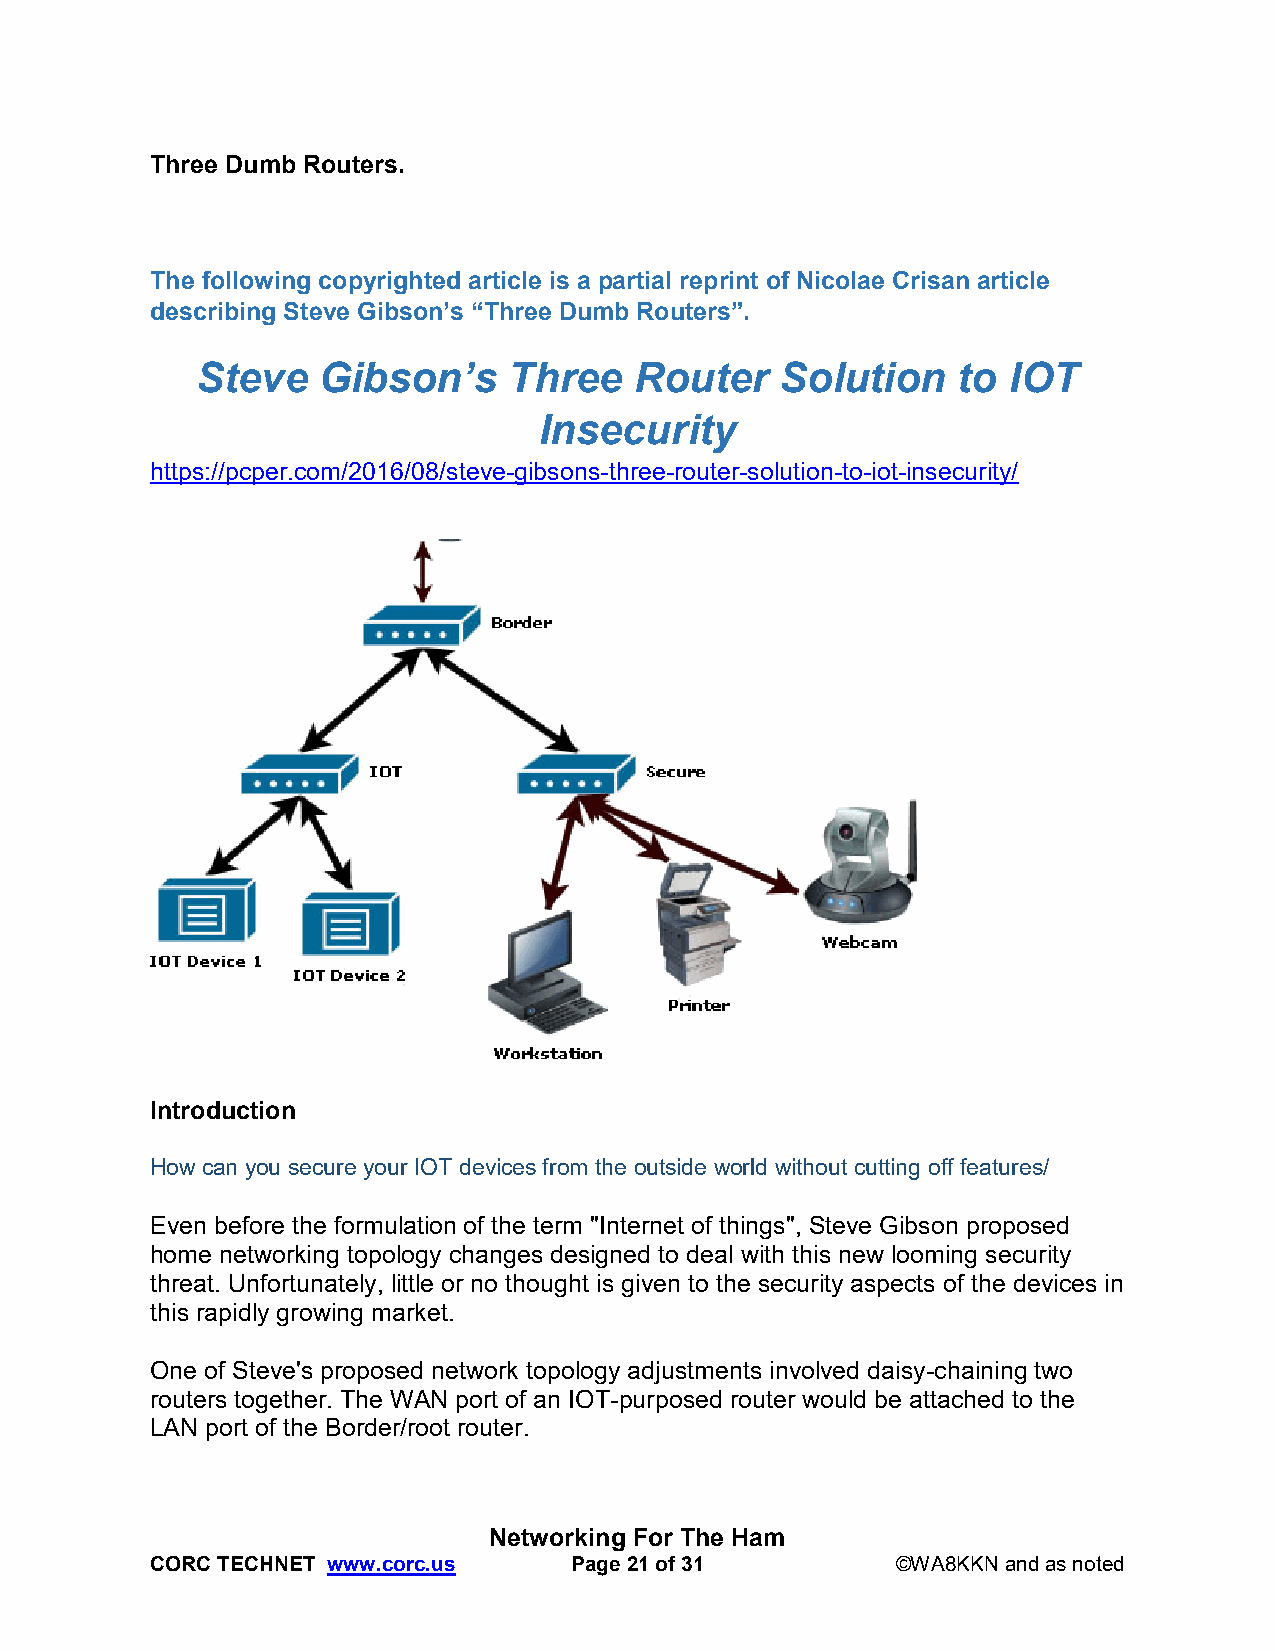
Three Dumb Routers.
 The following copyrighted article is a partial reprint of Nicolae Crisan article
 describing Steve Gibson’s “Three Dumb Routers”.
 Steve   Gibson’s     Three   Router    Solution   to  IOT
 Insecurity
 https://pcper.com/2016/08/steve-gibsons-three-router-solution-to-iot-insecurity/
 Introduction
 How can you secure your IOT devices from the outside world without cutting off features/
 Even before the formulation of the term "Internet of things", Steve Gibson proposed
 home networking topology changes designed to deal with this new looming security
 threat. Unfortunately, little or no thought is given to the security aspects of the devices in
 this rapidly growing market.
 One of Steve's proposed network topology adjustments involved daisy-chaining two
 routers together. The WAN port of an IOT-purposed router would be attached to the
 LAN port of the Border/root router.
 Networking For The Ham
 CORC TECHNET www.corc.us    Page 21 of 31        ©WA8KKN and as noted